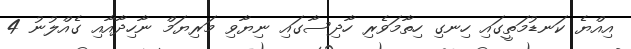
އިއްޔެ ކަނޑުމަތީގައި ހިނގި ހިތާމަވެރި ހާދިސާގައި ނިޔާވި މަރިޔަމް ނާހިދާއާއި ގެއްލުނު 4